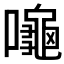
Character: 𪚩